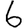
Digit: 6